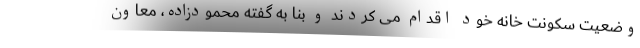
وضعیت سکونت خانه خود اقدام می کردند و بنا به گفته محمودزاده، معاون